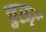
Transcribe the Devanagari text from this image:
चुरूट